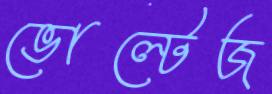
ভোল্টেজ